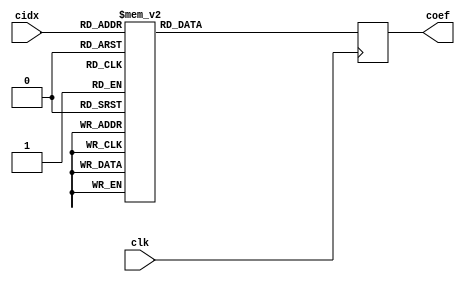
module crom(
	input wire clk, 
	input wire [3:0] cidx, 
	output reg [15:0] coef
);
	parameter coefficent00 = 16'b0000_0000_0000_0001; //1
	parameter coefficent01 = 16'b0000_0000_0000_0010;
	parameter coefficent02 = 16'b0000_0000_0000_0011;
	parameter coefficent03 = 16'b0000_0000_0000_0100;
	parameter coefficent04 = 16'b0000_0000_0000_0101; //5
	parameter coefficent05 = 16'b0000_0000_0000_0000;
	parameter coefficent06 = 16'b0000_0000_0000_0000;
	parameter coefficent07 = 16'b0000_0000_0000_0000;
	parameter coefficent08 = 16'b0000_0000_0000_0000; //1
	parameter coefficent09 = 16'b0000_0000_0000_0000;
	parameter coefficent10 = 16'b0000_0000_0000_0000;
	parameter coefficent11 = 16'b0000_0000_0000_0000;
	parameter coefficent12 = 16'b0000_0000_0000_0000;
	parameter coefficent13 = 16'b0000_0000_0000_0000;
	parameter coefficent14 = 16'b0000_0000_0000_0000;
	parameter coefficent15 = 16'b0000_0000_0000_0000;
	
	always @(posedge clk)begin
		case (cidx)
			4'b0000: coef <= coefficent00;
			4'b0001: coef <= coefficent01;
			4'b0010: coef <= coefficent02;
			4'b0011: coef <= coefficent03;
			4'b0100: coef <= coefficent04;
			4'b0101: coef <= coefficent05;
			4'b0110: coef <= coefficent06;
			4'b0111: coef <= coefficent07;
			4'b1000: coef <= coefficent08;
			4'b1001: coef <= coefficent09;
			4'b1010: coef <= coefficent10;
			4'b1011: coef <= coefficent11;
			4'b1100: coef <= coefficent12;
			4'b1101: coef <= coefficent13;
			4'b1110: coef <= coefficent14;
			4'b1111: coef <= coefficent15;
		endcase
	end
	
endmodule